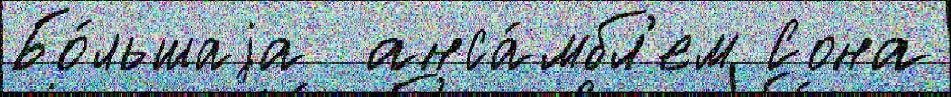
Бо́льшаjа  анса́мбл'ем Сона